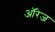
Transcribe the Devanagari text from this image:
ऑरेज